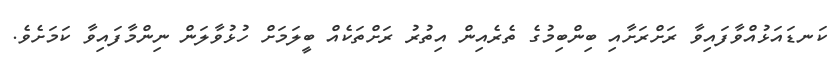
ކަނޑައަޅުއްވާފައިވާ ރަށްރަށާއި ބިންބިމުގެ ތެރެއިން އިތުރު ރަށްތަކެއް ބީލަމަށް ހުޅުވާލަން ނިންމާފައިވާ ކަމަށެވެ.